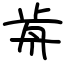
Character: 歬